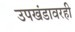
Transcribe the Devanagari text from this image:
उपखंडावरही